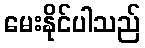
မေးနိုင်ပါသည်